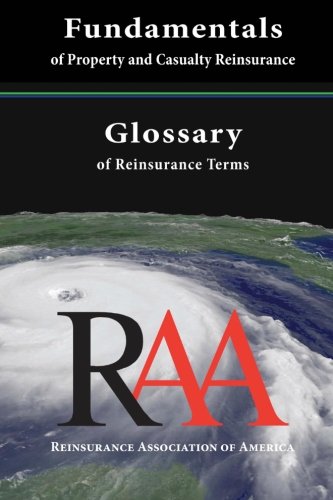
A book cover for Fundamentals of Property and Casualty Reinsurance with a Glossary of Reinsurance Terms; Reinsurance Association of America; Business & Money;